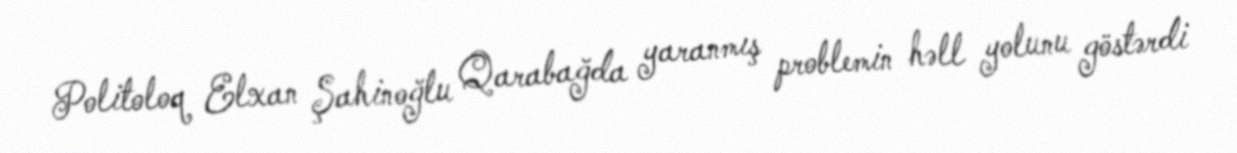
Politoloq Elxan Şahinoğlu Qarabağda yaranmış problemin həll yolunu göstərdi